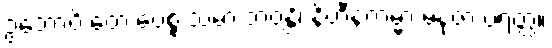
ဥဘောပိ တေ ပေစ္စ သမာ ဘဝန္တိ၊ နိဟီနကမ္မာ မနုဇာ ပရတ္ထ။